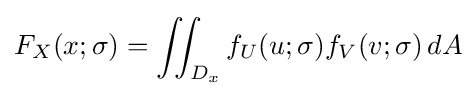
F_{X}(x;\sigma )=\iint _{D_{x}}f_{U}(u;\sigma )f_{V}(v;\sigma )\,dA